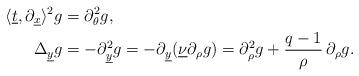
LaTeX: \begin{align*}\langle\underline t,\partial_{\underline x}\rangle^2g&=\partial_{\theta}^2g,\\\Delta_{\underline y}g&=-\partial_{\underline y}^2g=-\partial_{\underline y}(\underline\nu\partial_{\rho}g)=\partial_{\rho}^2g+\frac{q-1}{\rho}\,\partial_{\rho}g.\end{align*}